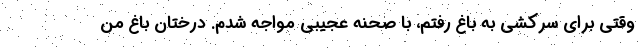
وقتی برای سرکشی به باغ رفتم، با صحنه عجیبی مواجه شدم. درختان باغ من